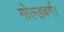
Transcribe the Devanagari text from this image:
गोल्डबर्ग।